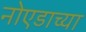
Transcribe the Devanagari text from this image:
नोएडाच्या